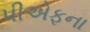
પીએફના